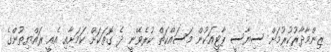
ޒިންމާދާރުކުރުމަށް ސިޔާސީ ޕާޓީއަކުން މަސައްކަތް ކުރެވޭނީ ދެ ގޮތަކަށް ކަމަށާއި އެއީ ރައްޔިތުންގެ